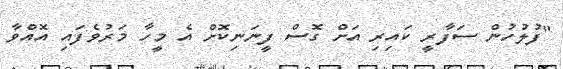
"ފުލުހުން ސަފާރީ ކައިރި އަށް ގޮސް ފީނަނިކޮށް އެ މީހާ މަރުވެފައި އޮއްވާ